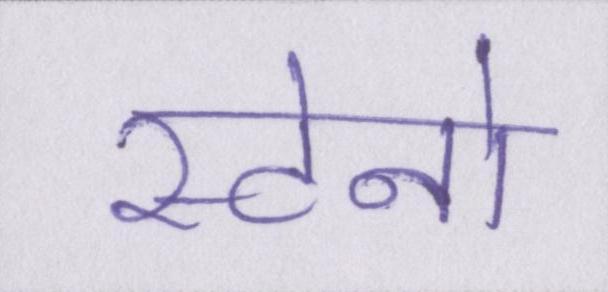
स्टेनो